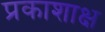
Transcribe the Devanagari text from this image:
प्रकाशाक्ष